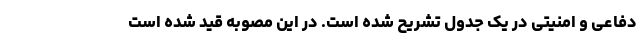
دفاعی و امنیتی در یک جدول تشریح شده است. در این مصوبه قید شده است